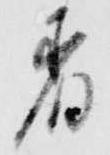
着